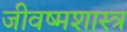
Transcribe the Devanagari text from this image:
जीवष्मशास्त्र